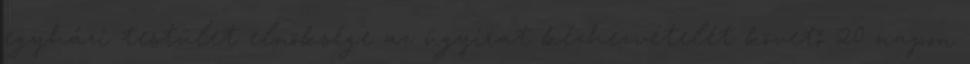
egyházi testület elnöksége az ügyirat kézhezvételét követő 20 napon